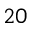
2 0